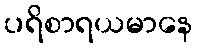
ပရိစာရယမာနေ